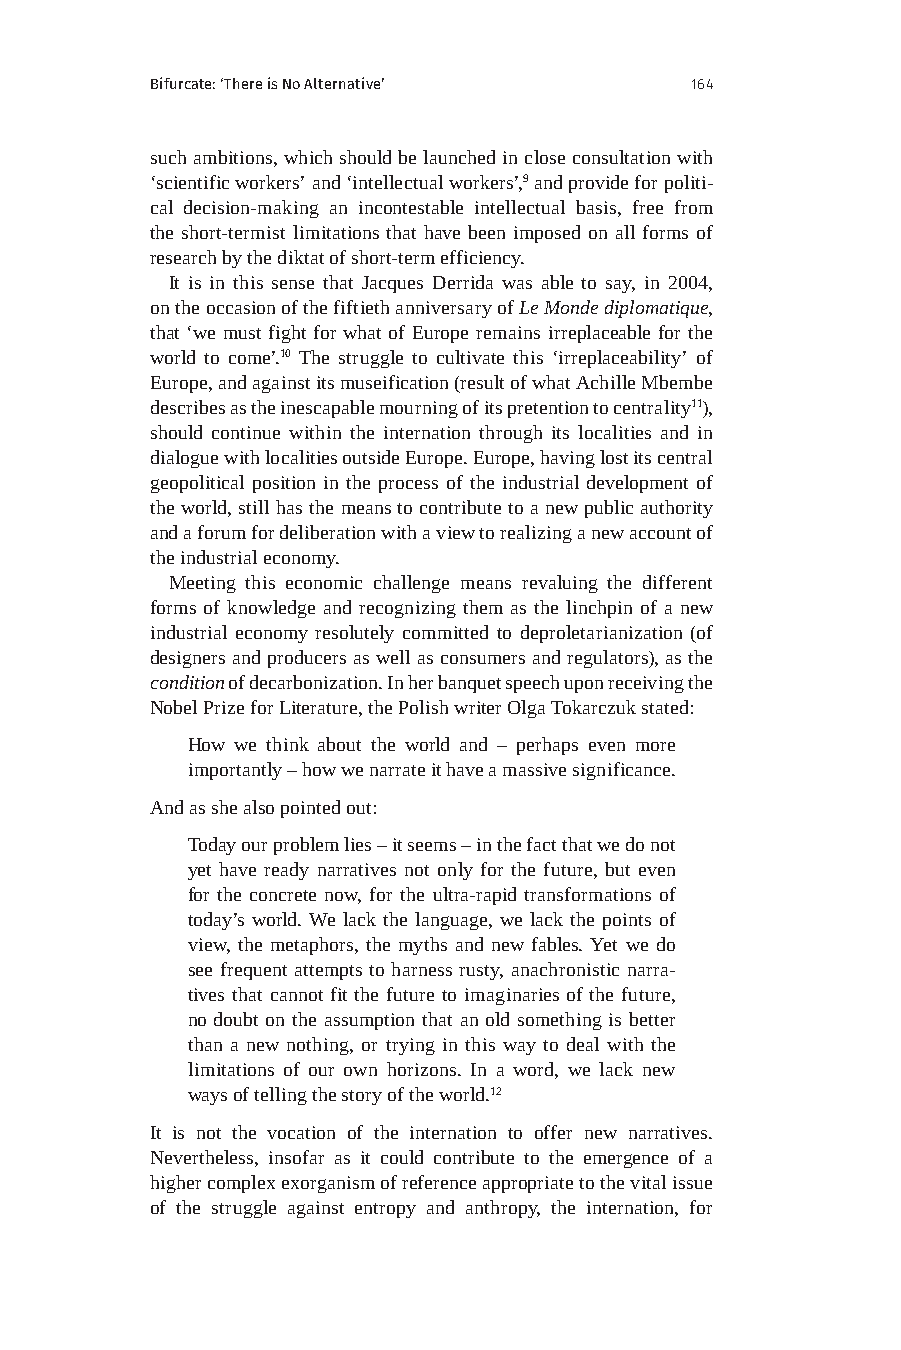
Bifurcate: ‘There is No Alternative’ 164
 such ambitions, which should be launched in close consultation with
 ‘scientific workers’ and ‘intellectual workers’,9 and provide for politi-
 cal decision-making an incontestable intellectual basis, free from
 the short-termist limitations that have been imposed on all forms of
 research by the diktat of short-term efficiency.
 It is in this sense that Jacques Derrida was able to say, in 2004,
 on the occasion of the fiftieth anniversary of Le Monde diplomatique,
 that ‘we must fight for what of Europe remains irreplaceable for the
 world to come’.10 The struggle to cultivate this ‘irreplaceability’ of
 Europe, and against its museification (result of what Achille Mbembe
 describes as the inescapable mourning of its pretention to centrality11),
 should continue within the internation through its localities and in
 dialogue with localities outside Europe. Europe, having lost its central
 geopolitical position in the process of the industrial development of
 the world, still has the means to contribute to a new public authority
 and a forum for deliberation with a view to realizing a new account of
 the industrial economy.
 Meeting this economic challenge means revaluing the different
 forms of knowledge and recognizing them as the linchpin of a new
 industrial economy resolutely committed to deproletarianization (of
 designers and producers as well as consumers and regulators), as the
 condition of decarbonization. In her banquet speech upon receiving the
 Nobel Prize for Literature, the Polish writer Olga Tokarczuk stated:
 How we think about the world and – perhaps even more
 importantly – how we narrate it have a massive significance.
 And as she also pointed out:
 Today our problem lies – it seems – in the fact that we do not
 yet have ready narratives not only for the future, but even
 for the concrete now, for the ultra-rapid transformations of
 today’s world. We lack the language, we lack the points of
 view, the metaphors, the myths and new fables. Yet we do
 see frequent attempts to harness rusty, anachronistic narra-
 tives that cannot fit the future to imaginaries of the future,
 no doubt on the assumption that an old something is better
 than a new nothing, or trying in this way to deal with the
 limitations of our own horizons. In a word, we lack new
 ways of telling the story of the world.12
 It is not the vocation of the internation to offer new narratives.
 Nevertheless, insofar as it could contribute to the emergence of a
 higher complex exorganism of reference appropriate to the vital issue
 of the struggle against entropy and anthropy, the internation, for